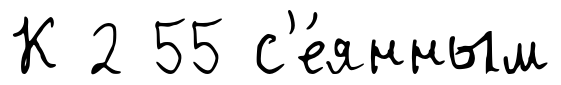
К 2 55 с'е́янным